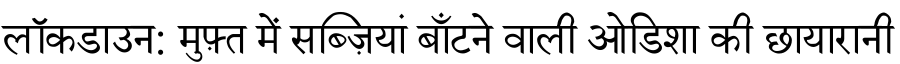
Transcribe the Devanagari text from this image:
लॉकडाउन: मुफ़्त में सब्ज़ियां बाँटने वाली ओडिशा की छायारानी